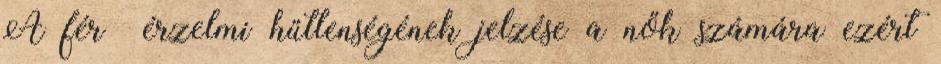
A férﬁ érzelmi hűtlenségének jelzése a nők számára ezért